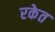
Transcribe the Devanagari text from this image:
रकेत